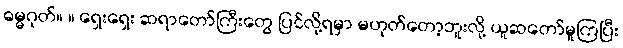
ဓမ္မဂုတ်။ ။ ရှေးရှေး ဆရာတော်ကြီးတွေ ပြင်လို့ရမှာ မဟုတ်တော့ဘူးလို့ ယူဆတော်မူကြပြီး